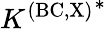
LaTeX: {K^{\mathrm{(BC,X)}}}^{*}